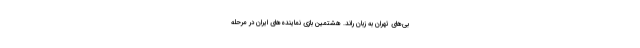
بی‌های تهران به زبان راند. هشتمین بازی نماینده‌های ایران در مرحله